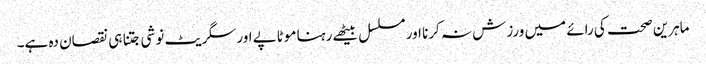
ماہرین صحت کی رائے میں ورزش نہ کرنا اور مسلسل بیٹھے رہنا موٹاپے اور سگریٹ نوشی جتنا ہی نقصان دہ ہے۔